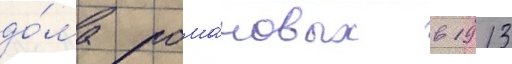
до́ма рома́новых в 1913